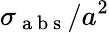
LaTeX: \sigma_{\mathrm{~a~b~s~}}/a^{2}